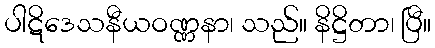
ပါဋိဒေသနီယဝဏ္ဏနာ၊ သည်။ နိဋ္ဌိတာ၊ ပြီ။